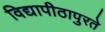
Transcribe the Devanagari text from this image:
विद्यापीठापुरते